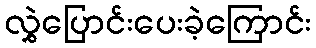
လွှဲပြောင်းပေးခဲ့ကြောင်း